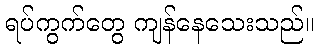
ရပ်ကွက်တွေ ကျန်နေသေးသည်။